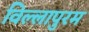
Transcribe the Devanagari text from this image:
विल्लापुरम